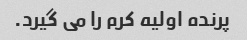
پرنده اولیه کرم را می گیرد.